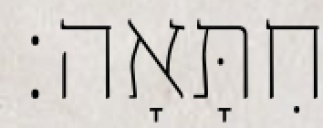
חִתָּאָה׃